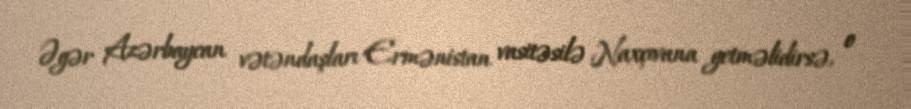
Əgər Azərbaycan vətəndaşları Ermənistan vasitəsilə Naxçıvana getməlidirsə, o